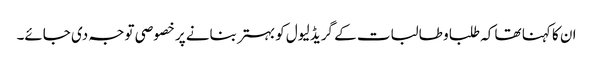
ان کا کہنا تھا کہ طلبا و طالبات کے گریڈ لیول کو بہتر بنانے پر خصوصی توجہ دی جائے۔